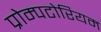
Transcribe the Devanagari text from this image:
प्रोम्पटोरियम